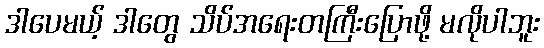
ဒါပေမယ့် ဒါတွေ သိပ်အရေးတကြီးပြောဖို့ မလိုပါဘူး